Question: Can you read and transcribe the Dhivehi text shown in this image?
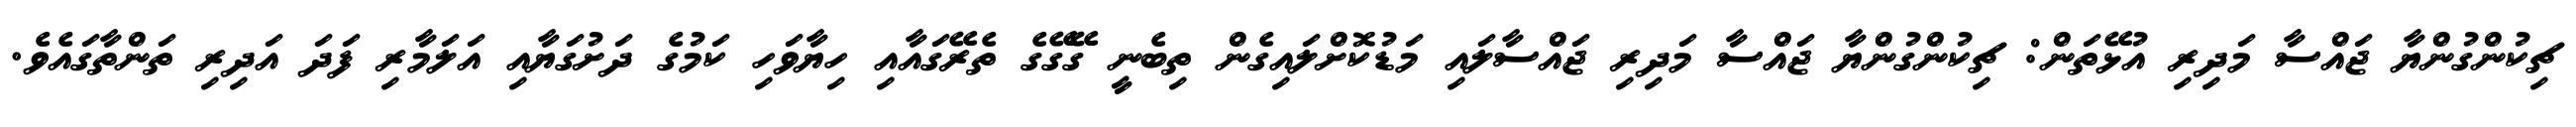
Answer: ޗިކުންގުންޔާ ޖައްސާ މަދިރި އުޅޭތަން: ޗިކުންގުންޔާ ޖައްސާ މަދިރި ޖައްސާލައި މަޑުކޮށްލައިގެން ތިބެނީ ގޭގޭގެ ތެރޭގައާއި ހިޔާވަހި ކަމުގެ ދަށުގަޔާއި އަލަމާރި ފަދަ އަދިރި ތަންތާގައެވެ.